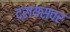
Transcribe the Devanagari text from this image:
दरायसवर